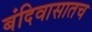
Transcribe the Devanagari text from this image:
बंदिवासातच